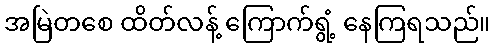
အမြဲတစေ ထိတ်လန့် ကြောက်ရွံ့ နေကြရသည်။